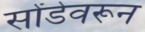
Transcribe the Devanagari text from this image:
सोंडेवरून